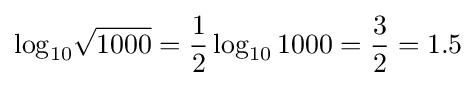
\log _{10}\!{\sqrt {1000}}={\frac {1}{2}}\log _{10}1000={\frac {3}{2}}=1.5